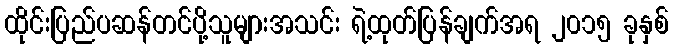
ထိုင်းပြည်ပဆန်တင်ပို့သူများအသင်း ရဲ့ထုတ်ပြန်ချက်အရ ၂၀၁၅ ခုနှစ်